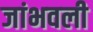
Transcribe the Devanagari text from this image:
जांभवली